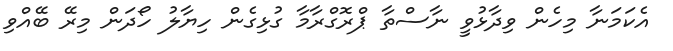
އެކަމަނާ މިހެން ވިދާޅުވީ ނާސްތާ ޕްރޮގްރާމާ ގުޅިގެން ހިޔާލު ހޯދަން މިރޭ ބޭއްވި